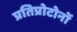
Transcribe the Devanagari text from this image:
प्रतिप्रोटोनों